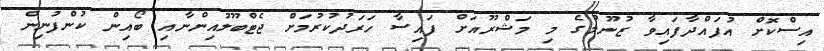
އިސްކޮށް އުފައްދާފައިވާ ޒުނޫމުގެ މި މަޝްރޫއަށް ފައިސާ ހަރަދުކުރުމަށް ޖެޓްބޫލުއިންނާއި ބޯއިން ކުންފުނިން